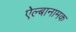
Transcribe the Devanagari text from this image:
ऐल्बानामक